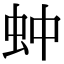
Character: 蚛